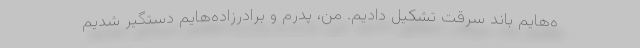
ه‌هایم باند سرقت تشکیل دادیم. من، پدرم و برادرزاده‌هایم دستگیر شدیم